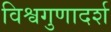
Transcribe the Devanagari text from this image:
विश्वगुणादर्श